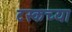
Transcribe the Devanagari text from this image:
टस्कच्या